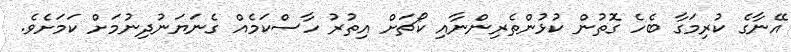
އޭނާގެ ކުރިމަގާ ބެހެ ގޮތުން ކުޅުންތެރިންނާއި ކޯޗަށް އިތުރު ހާސްކަމެއް ގެނަޔަނުދިނުމަށް ކަމަށެވެ.